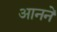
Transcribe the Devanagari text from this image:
आनने